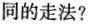
不同的走法?